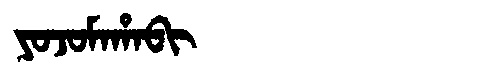
Manchu: ᠶᠣᠵᠣᠮᠠᡥᠠᠪᡳ
Romanization: YOJOMAHABI